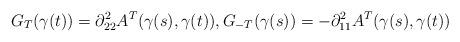
LaTeX: \begin{align*}G_{T}(\gamma(t)) = \partial^2_{22} A^T(\gamma(s), \gamma(t)), G_{-T}(\gamma(s)) = - \partial^2_{11} A^T(\gamma(s), \gamma(t))\end{align*}